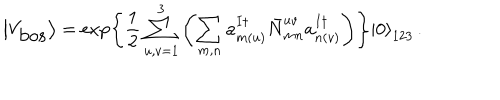
\left| V _ { \mathrm { b o s } } \right> = \exp \left\{ \frac { 1 } { 2 } \sum _ { u , v = 1 } ^ { 3 } \left( \sum _ { m , n } a _ { m ( u ) } ^ { I \dagger } { \bar { N } } _ { m n } ^ { u v } a _ { n ( v ) } ^ { I \dagger } \right) \right\} \left| 0 \right> _ { 1 2 3 } \, .